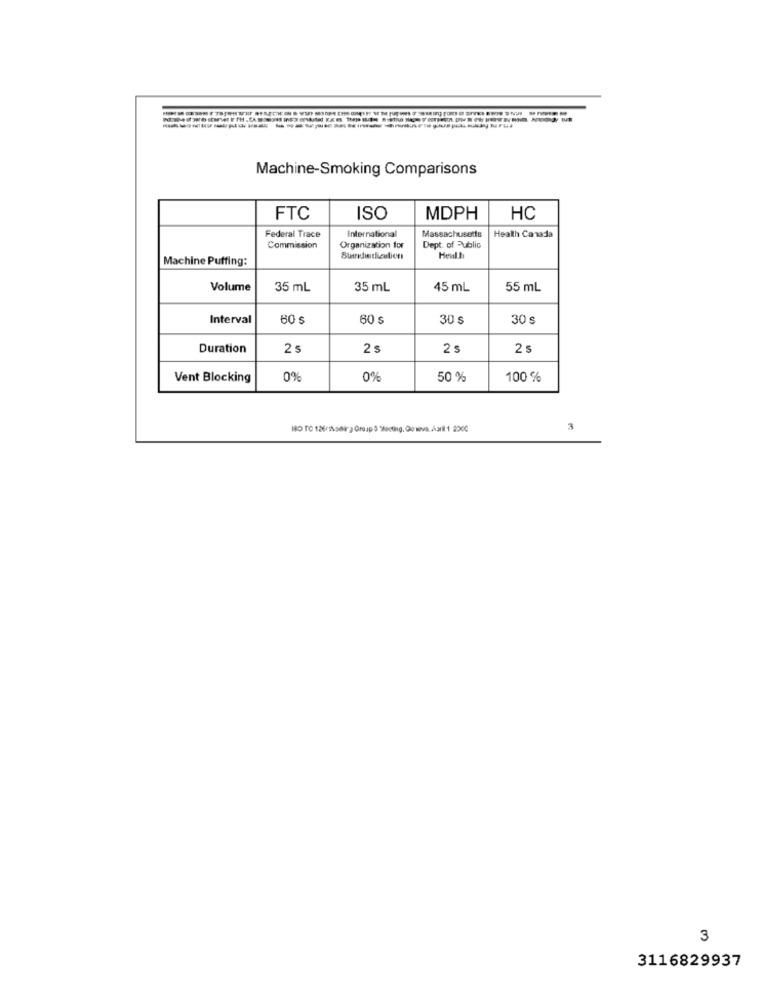
Machine-Smoking Comparisons
FTC
ISO
MDPH
HC
International
Massachusetts
Federal Trace
Health Canada
Commission
Organization for
Dept. of Public
Machine Puffing:
Heal li
Volume
35 mL
35 mL
45 mL
55 mL
Interval
60
60
30 $
30 s
Duration
2s
2 s
2 s
2 s
Vent Blocking
0%
0%
50 %
100 %
MBO TO 126/lodir) Group:3 "Meeting. Gewva.April1 200℃
3
3116829937